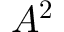
\boldsymbol { A ^ { 2 } }